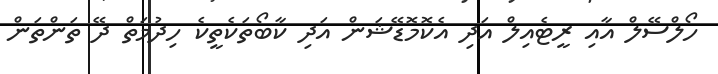
ހޯލްސޭލް އާއި ރީޓެއިލް އަދި އެކޮމޮޑޭޝަން އަދި ކާބޯތަކެތީކެ ހިދުމަތް ދޭ ތަންތަން